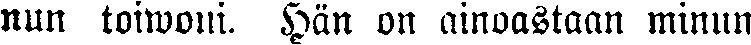
nun toiwoni. Hän on ainoastaan minun